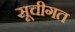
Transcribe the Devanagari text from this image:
सूचीगत